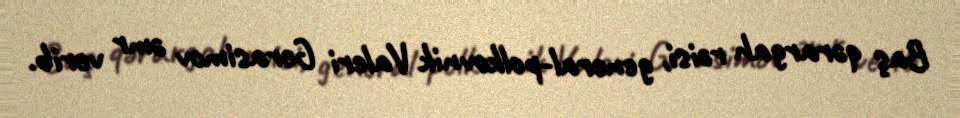
Baş qərargah rəisi, general-polkovnik Valeri Gerasimov əmr verib.